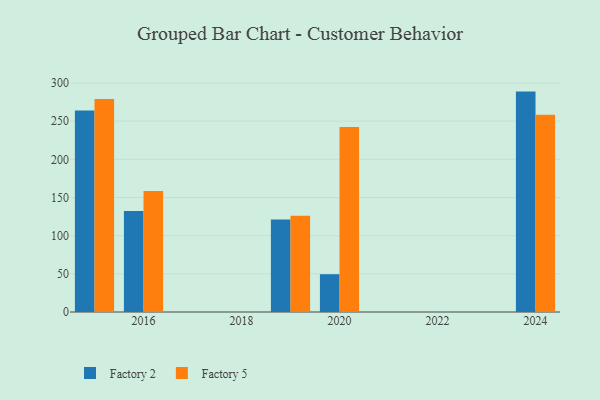
{"axis": {"x": "Year", "y": "Headcount"}, "legend": ["Factory 2", "Factory 5"], "data": [{"x": "2016", "y": 132.4, "type": "Factory 2"}, {"x": "2016", "y": 158.5, "type": "Factory 5"}, {"x": "2019", "y": 121.3, "type": "Factory 2"}, {"x": "2019", "y": 126.1, "type": "Factory 5"}, {"x": "2024", "y": 288.7, "type": "Factory 2"}, {"x": "2024", "y": 258.5, "type": "Factory 5"}, {"x": "2015", "y": 263.9, "type": "Factory 2"}, {"x": "2015", "y": 279.1, "type": "Factory 5"}, {"x": "2020", "y": 49.5, "type": "Factory 2"}, {"x": "2020", "y": 242.2, "type": "Factory 5"}]}